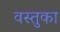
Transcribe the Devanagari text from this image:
वस्‍तुका